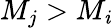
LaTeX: M_{j}>M_{\mathit{i}}